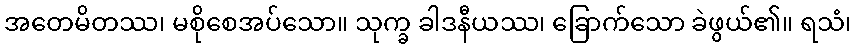
အတေမိတဿ၊ မစိုစေအပ်သော။ သုက္ခ ခါဒနီယဿ၊ ခြောက်သော ခဲဖွယ်၏။ ရသံ၊